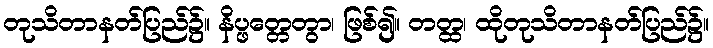
တုသိတာနတ်ပြည်၌။ နိပ္ဖတ္တေတွာ၊ ဖြစ်၍။ တတ္ထ၊ ထိုတုသိတာနတ်ပြည်၌။